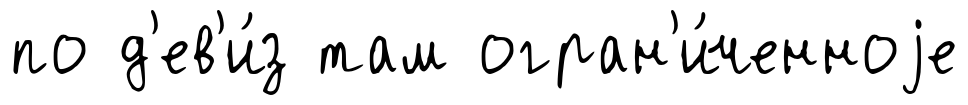
по д'ев'и́з там огран'и́ченноjе